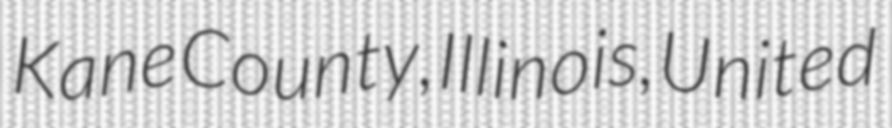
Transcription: Kane County, Illinois, United